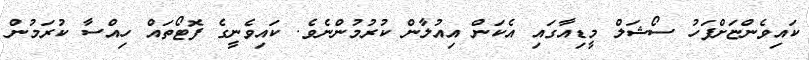
ކައިވެންޏަށްފަހު ސޯޝަލް މީޑިއާގައި އެކަން އިއުލާން ކުރުމުންނެވެ. ކައިވެނީގެ ފޮޓޯތައް ހިއްސާ ކުރަމުން